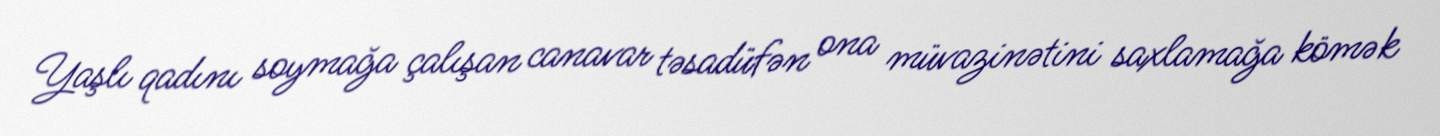
Yaşlı qadını soymağa çalışan canavar təsadüfən ona müvazinətini saxlamağa kömək